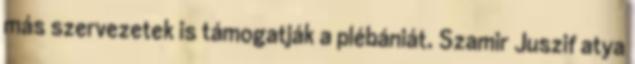
más szervezetek is támogatják a plébániát. Szamir Juszif atya